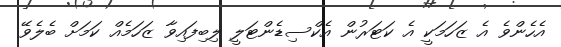
އެހެންވެ އެ ޒަހަމަކީ އެ ކަޓަރުން އެކްސިޑެންޓަލީ ލިބިފައިވާ ޒަހަމެއް ކަމަށް ބެލެވޭ